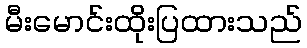
မီးမောင်းထိုးပြထားသည်